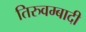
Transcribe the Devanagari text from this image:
तिरुवम्बादी